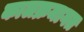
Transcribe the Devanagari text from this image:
कालक्रमागत